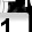
Digit: 1